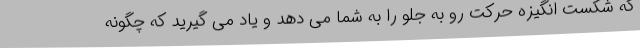
که شکست انگیزه حرکت رو به جلو را به شما می دهد و یاد می گیرید که چگونه